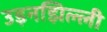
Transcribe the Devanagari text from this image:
उड़नझिल्ली